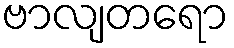
ဗာလျတရော